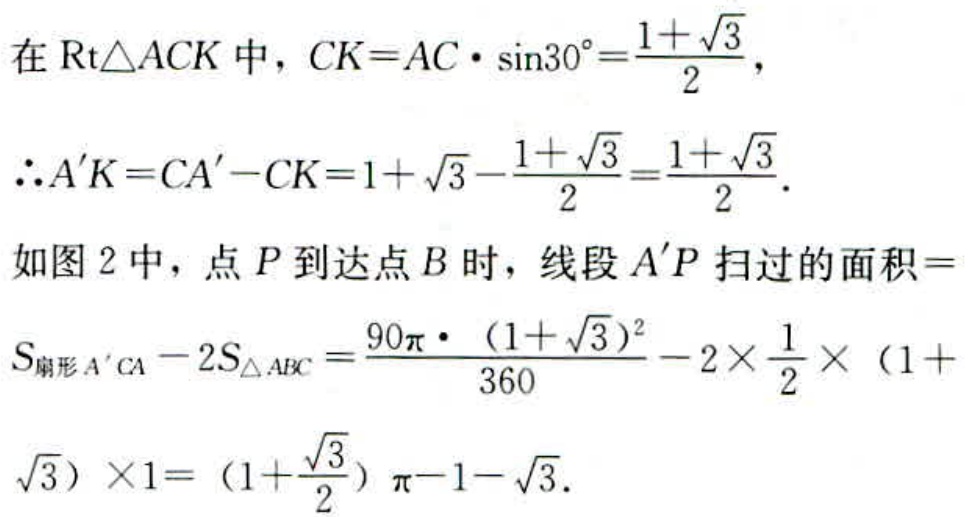
在$\text{Rt}\triangle ACK$中，$CK = AC\cdot\sin30^{\circ}=\frac{1 + \sqrt{3}}{2}$，
$\therefore A'K = CA' - CK = 1 + \sqrt{3}-\frac{1 + \sqrt{3}}{2}=\frac{1 + \sqrt{3}}{2}$.
如图2中，点$P$到达点$B$时，线段$A'P$扫过的面积$=$
$S_{扇形A'CA}-2S_{\triangle ABC}=\frac{90\pi\cdot(1 + \sqrt{3})^{2}}{360}-2\times\frac{1}{2}\times(1 +
\sqrt{3})\times1=(1+\frac{\sqrt{3}}{2})\pi - 1 - \sqrt{3}$.